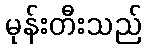
မုန်းတီးသည်